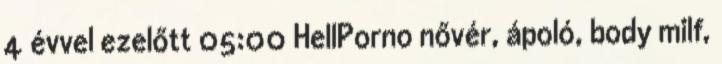
4 évvel ezelőtt 05:00 HellPorno nővér, ápoló, body milf,